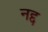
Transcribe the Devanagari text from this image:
नद्द